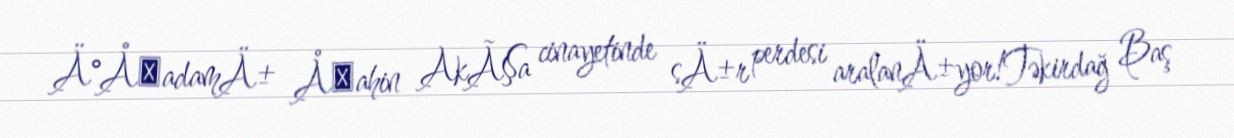
Ä°ÅadamÄ± Åahin AkÃ§a cinayetinde sÄ±r perdesi aralanÄ±yor!Təkirdağ Baş